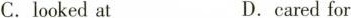
C.looked atD.caredfor